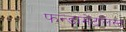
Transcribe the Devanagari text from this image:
फन्डामेंटलिस्ट